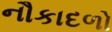
નૌકાદળો